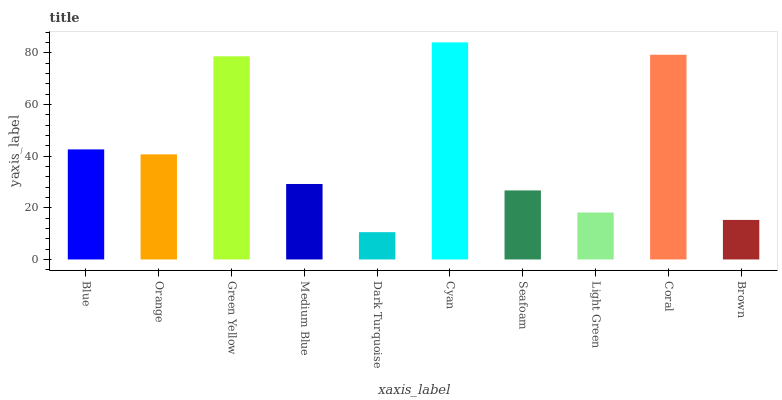
| xaxis_label | bars |
 | --- | --- |
 | Blue | 42.6 |
 | Orange | 40.7 |
 | Green Yellow | 78.6 |
 | Medium Blue | 29.2 |
 | Dark Turquoise | 10.6 |
 | Cyan | 84 |
 | Seafoam | 26.7 |
 | Light Green | 18.2 |
 | Coral | 79.2 |
 | Brown | 15.3 |